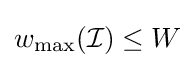
w_{\max }({\mathcal {I}})\leq W